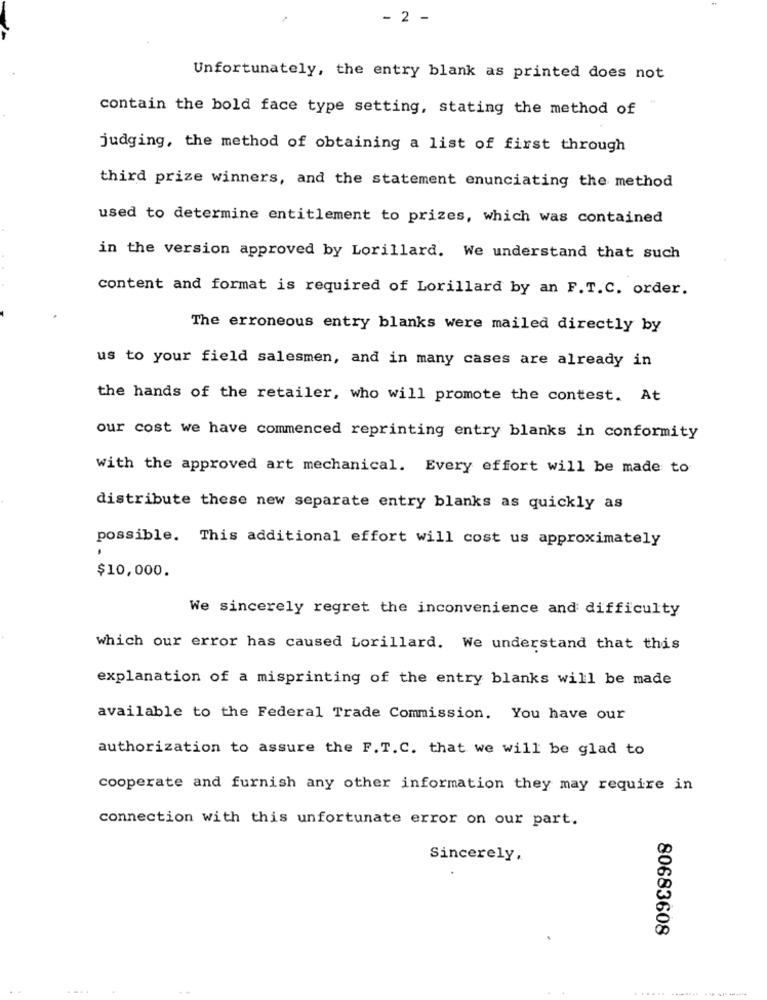
.
- 2 -
Unfortunately, the entry blank as printed does not
contain the bold face type setting, stating the method of
judging, the method of obtaining a list of first through
third prize winners, and the statement enunciating the method
used to determine entitlement to prizes, which was contained
in the version approved by Lorillard. We understand that such
content and format is required of Lorillard by an F. T.C. order.
The erroneous entry blanks were mailed directly by
us to your field salesmen, and in many cases are already in
the hands of the retailer, who will promote the contest. At
our cost we have commenced reprinting entry blanks in conformity
with the approved art mechanical. Every effort will be made to
distribute these new separate entry blanks as quickly as
possible. This additional effort will cost us approximately
.
$10,000.
We sincerely regret the inconvenience and difficulty
which our error has caused Lorillard. We understand that this
explanation of a misprinting of the entry blanks will be made
available to the Federal Trade Commission. You have our
authorization to assure the F.T.C. that we will be glad to
cooperate and furnish any other information they may require in
connection with this unfortunate error on our part.
Sincerely,
80683608